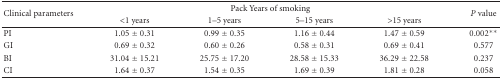
<table><thead><tr><td rowspan="2"><b>Clinical parameters</b></td><td colspan="4"><b>Pack Years of smoking</b></td><td rowspan="2"><b><i>P</i> value</b></td></tr><tr><td><b>&lt;1 years</b></td><td><b>1–5 years</b></td><td><b>5–15 years</b></td><td><b>&gt;15 years</b></td></tr></thead><tbody><tr><td>PI</td><td>1.05 ± 0.31</td><td>0.99 ± 0.35</td><td>1.16 ± 0.44</td><td>1.47 ± 0.59</td><td>0.002**</td></tr><tr><td>GI</td><td>0.69 ± 0.32</td><td>0.60 ± 0.26</td><td>0.58 ± 0.31</td><td>0.69 ± 0.41</td><td>0.577</td></tr><tr><td>BI</td><td>31.04 ± 15.21</td><td>25.75 ± 17.20</td><td>28.58 ± 15.33</td><td>36.29 ± 22.58</td><td>0.237</td></tr><tr><td>CI</td><td>1.64 ± 0.37</td><td>1.54 ± 0.35</td><td>1.69 ± 0.39</td><td>1.81 ± 0.28</td><td>0.058</td></tr></tbody></table>